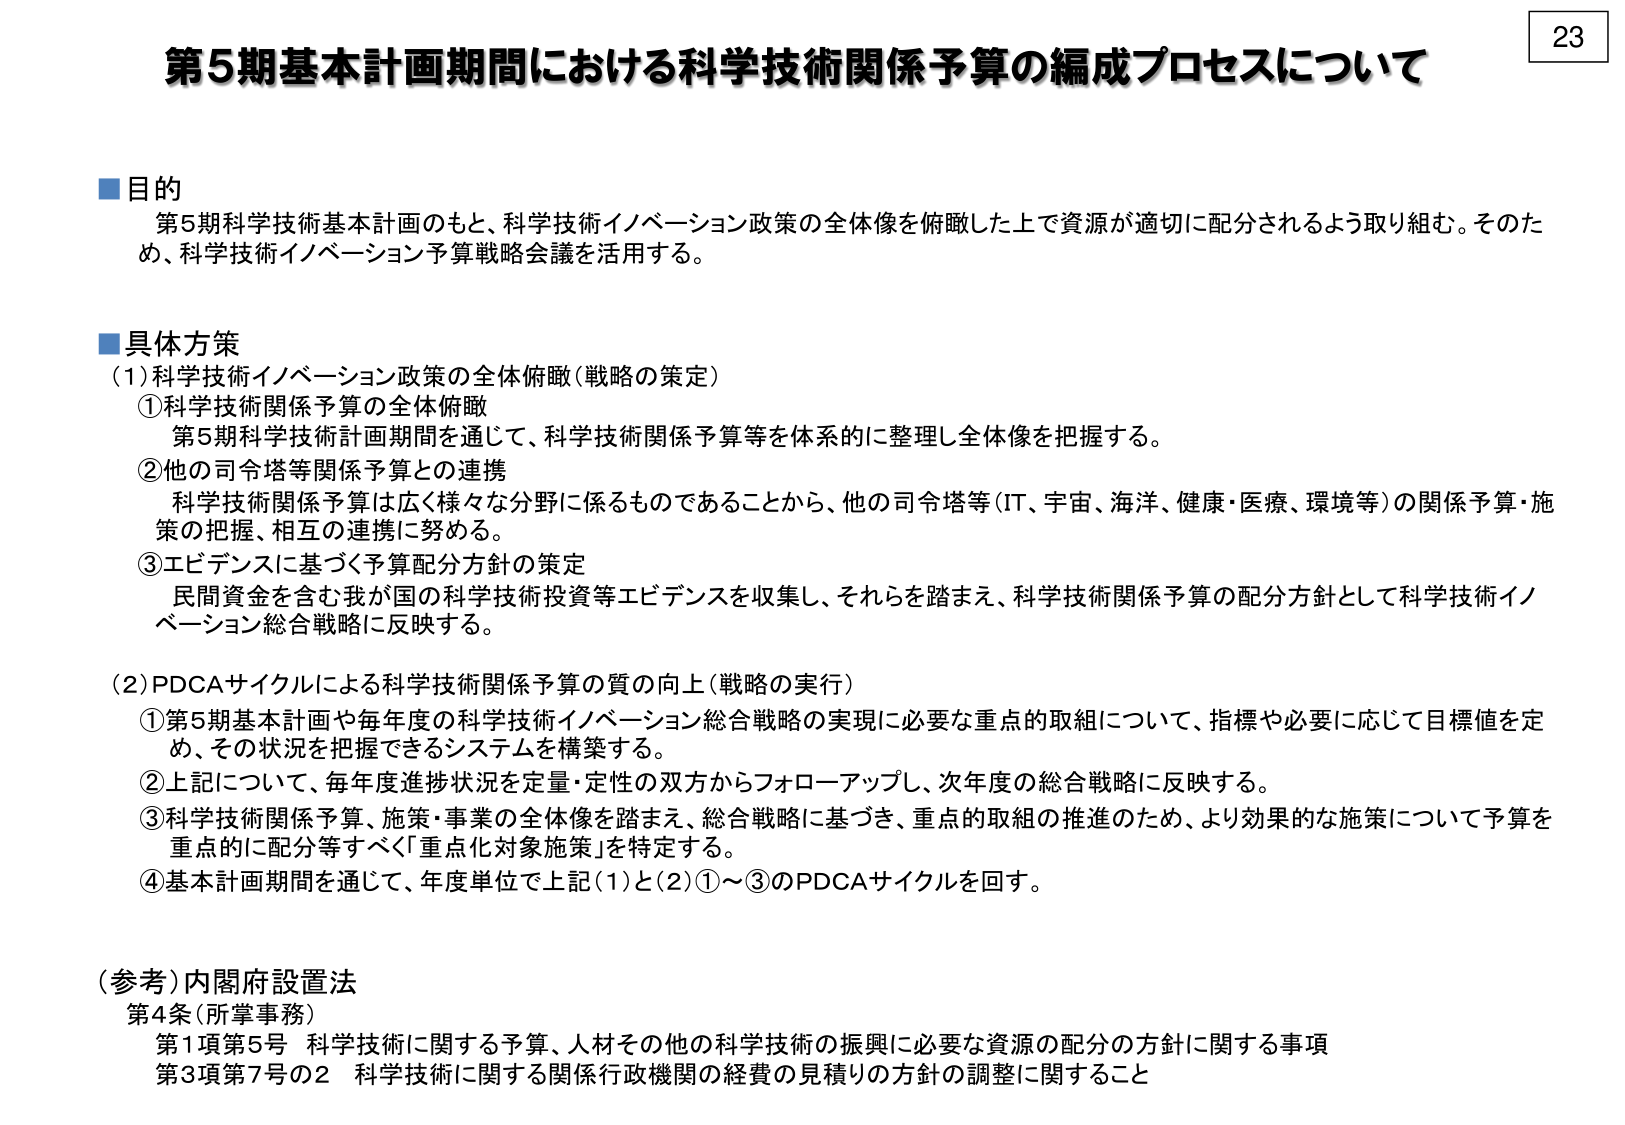
23

第5期基本計画期間における科学技術関係予算の編成プロセスについて

■目的
第5期科学技術基本計画のもと、科学技術イノベーション政策の全体像を俯瞰した上で資源が適切に配分されるよう取り組む。そのため、科学技術イノベーション予算戦略会議を活用する。

■具体方策
(1) 科学技術イノベーション政策の全体俯瞰（戦略の策定）
① 科学技術関係予算の全体俯瞰
第5期科学技術計画期間を通じて、科学技術関係予算等を体系的に整理し全体像を把握する。
② 他の司令塔等関係予算との連携
科学技術関係予算は広く様々な分野に係るものであることから、他の司令塔等（IT、宇宙、海洋、健康・医療、環境等）の関係予算・施策の把握、相互の連携に努める。
③ エビデンスに基づく予算配分方針の策定
民間資金を含む我が国の科学技術投資等エビデンスを収集し、それらを踏まえ、科学技術関係予算の配分方針として科学技術イノベーション総合戦略に反映する。

(2) PDCAサイクルによる科学技術関係予算の質の向上（戦略の実行）
① 第5期基本計画や毎年度の科学技術イノベーション総合戦略の実現に必要な重点的取組について、指標や必要に応じて目標値を定め、その状況を把握できるシステムを構築する。
② 上記について、毎年度進捗状況を定量・定性の双方からフォローアップし、次年度の総合戦略に反映する。
③ 科学技術関係予算、施策・事業の全体像を踏まえ、総合戦略に基づき、重点的取組の推進のため、より効果的な施策について予算を重点的に配分等すべく「重点化対象施策」を特定する。
④ 基本計画期間を通じて、年度単位で上記(1)と(2)①～③のPDCAサイクルを回す。

(参考) 内閣府設置法
第4条（所掌事務）
第1項第5号 科学技術に関する予算、人材その他の科学技術の振興に必要な資源の配分の方針に関する事項
第3項第7号の2 科学技術に関する関係行政機関の経費の見積りの方針の調整に関すること